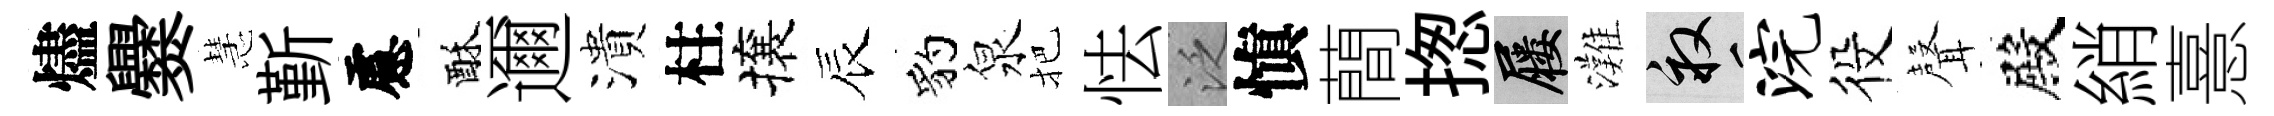
燼爨慧斳慮酥邇潰柱攘辰豹泉把怯泛愼蕳揔屨灘畝浣役𮋻殿綃憙